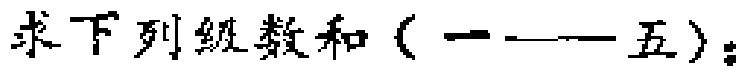
求下列级数和（一——五）：